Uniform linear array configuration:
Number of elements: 8
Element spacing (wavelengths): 0.5
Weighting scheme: uniform
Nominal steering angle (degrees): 60
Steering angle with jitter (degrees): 58.161
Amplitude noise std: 0.05
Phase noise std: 0.05

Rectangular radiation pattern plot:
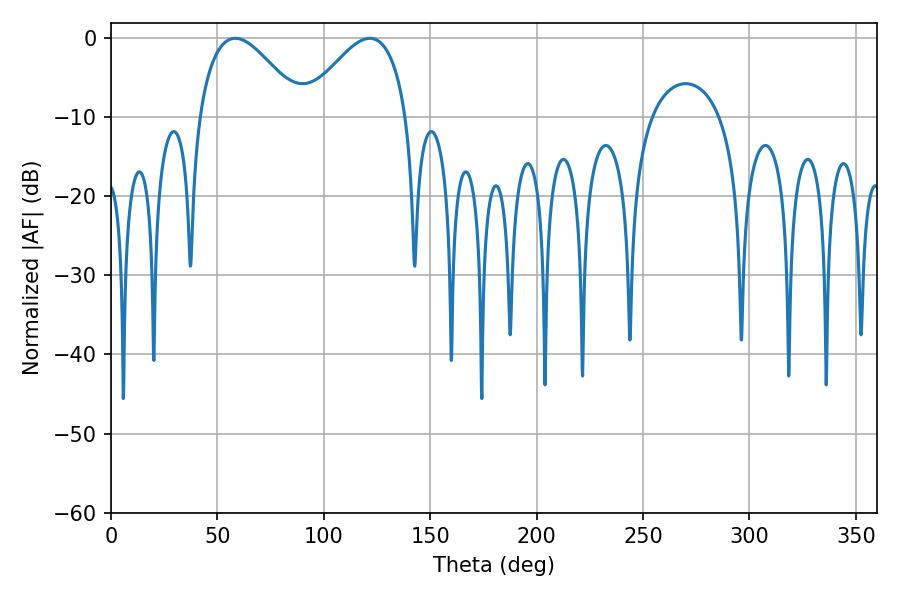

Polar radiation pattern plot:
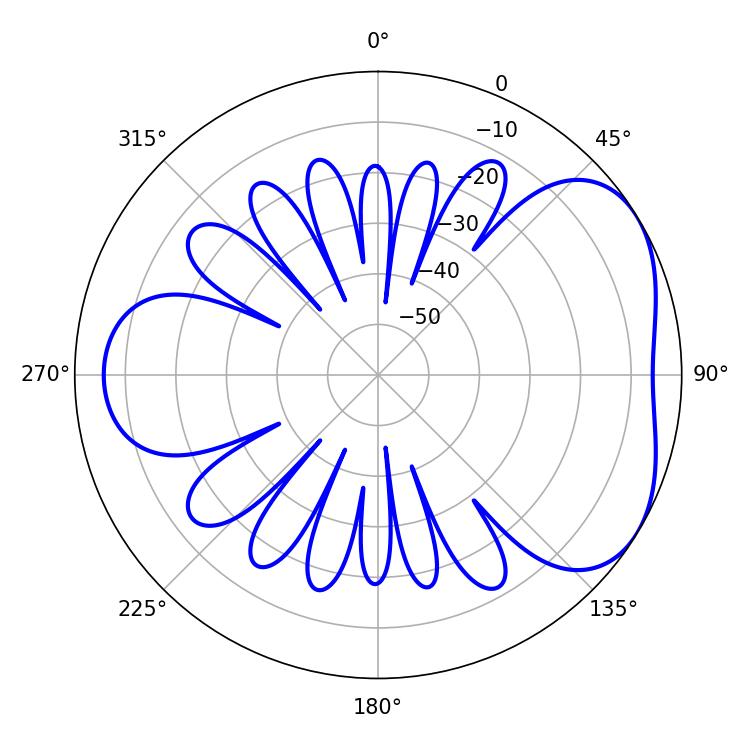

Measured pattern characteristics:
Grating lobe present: FALSE
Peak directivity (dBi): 4.333
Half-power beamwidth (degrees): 26.28
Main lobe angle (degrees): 58.32